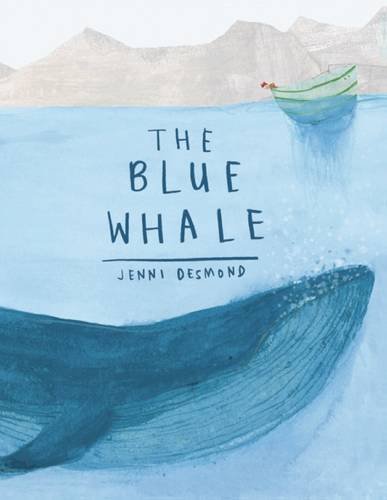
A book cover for The Blue Whale; Children's Books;